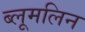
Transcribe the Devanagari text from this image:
ब्लूमलिन